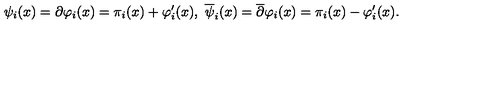
\psi _ { i } ( x ) = \partial \varphi _ { i } ( x ) = \pi _ { i } ( x ) + \varphi _ { i } ^ { \prime } ( x ) , \ { \overline { \psi } } _ { i } ( x ) = { \overline { \partial } } \varphi _ { i } ( x ) = \pi _ { i } ( x ) - \varphi _ { i } ^ { \prime } ( x ) .